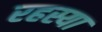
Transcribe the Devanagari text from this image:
रहस्या